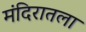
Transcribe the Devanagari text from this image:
मंदिरातला